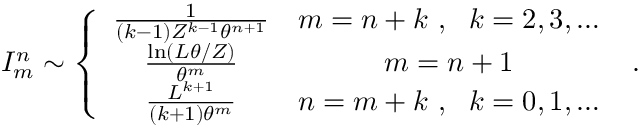
I _ { m } ^ { n } \sim \left\{ \begin{array} { c c } { \frac { 1 } { ( k - 1 ) Z ^ { k - 1 } \theta ^ { n + 1 } } } & { m = n + k \ , \ \ k = 2 , 3 , \ldots } \\ { \frac { \ln ( L \theta / Z ) } { \theta ^ { m } } } & { m = n + 1 } \\ { \frac { L ^ { k + 1 } } { ( k + 1 ) \theta ^ { m } } } & { n = m + k \ , \ \ k = 0 , 1 , \ldots } \end{array} \right. \ .